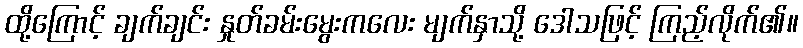
ထို့ကြောင့် ချက်ချင်း နှုတ်ခမ်းမွေးကလေး မျက်နှာသို့ ဒေါသဖြင့် ကြည့်လိုက်၏။